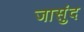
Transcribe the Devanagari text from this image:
जासुंद